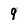
Character: 9